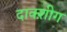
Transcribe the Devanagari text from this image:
दाक्श़ीग